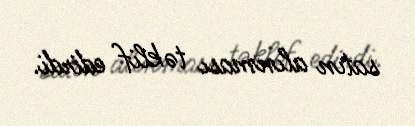
satın alınması təklif edirdi.